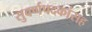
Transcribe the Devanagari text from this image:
सुवर्णपदकांसह